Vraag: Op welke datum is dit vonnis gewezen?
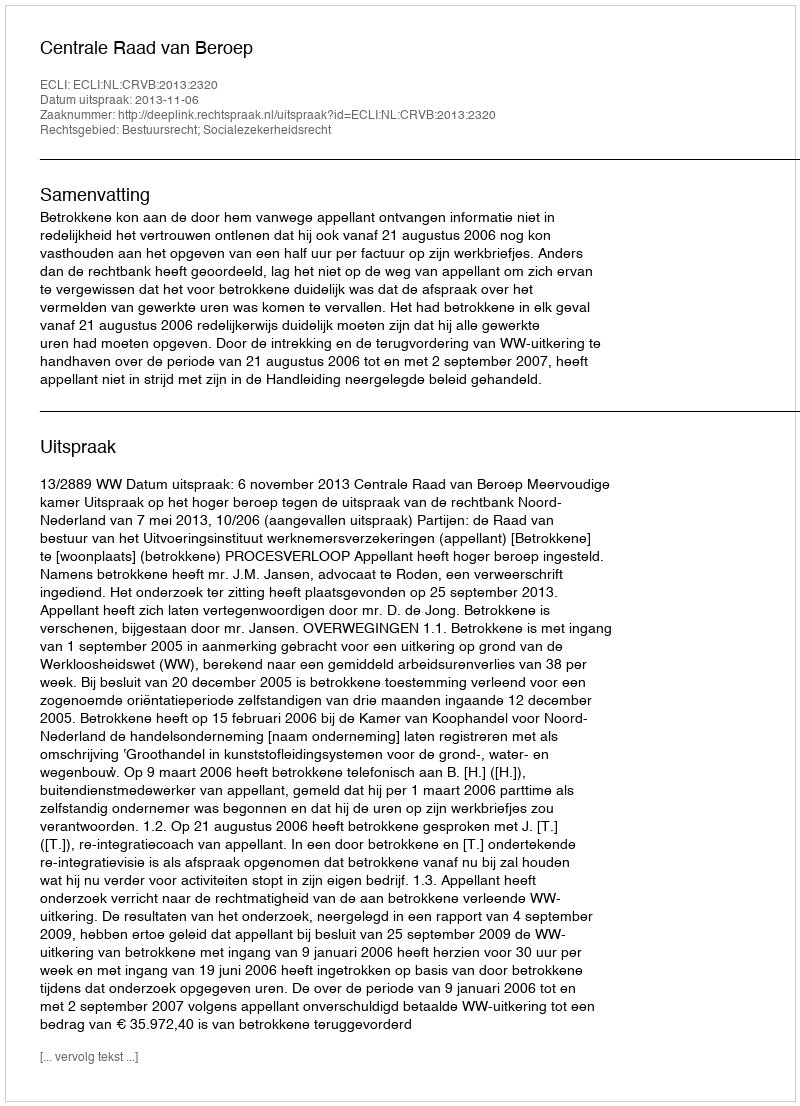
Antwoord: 2013-11-06